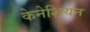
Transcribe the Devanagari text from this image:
केनेशियन